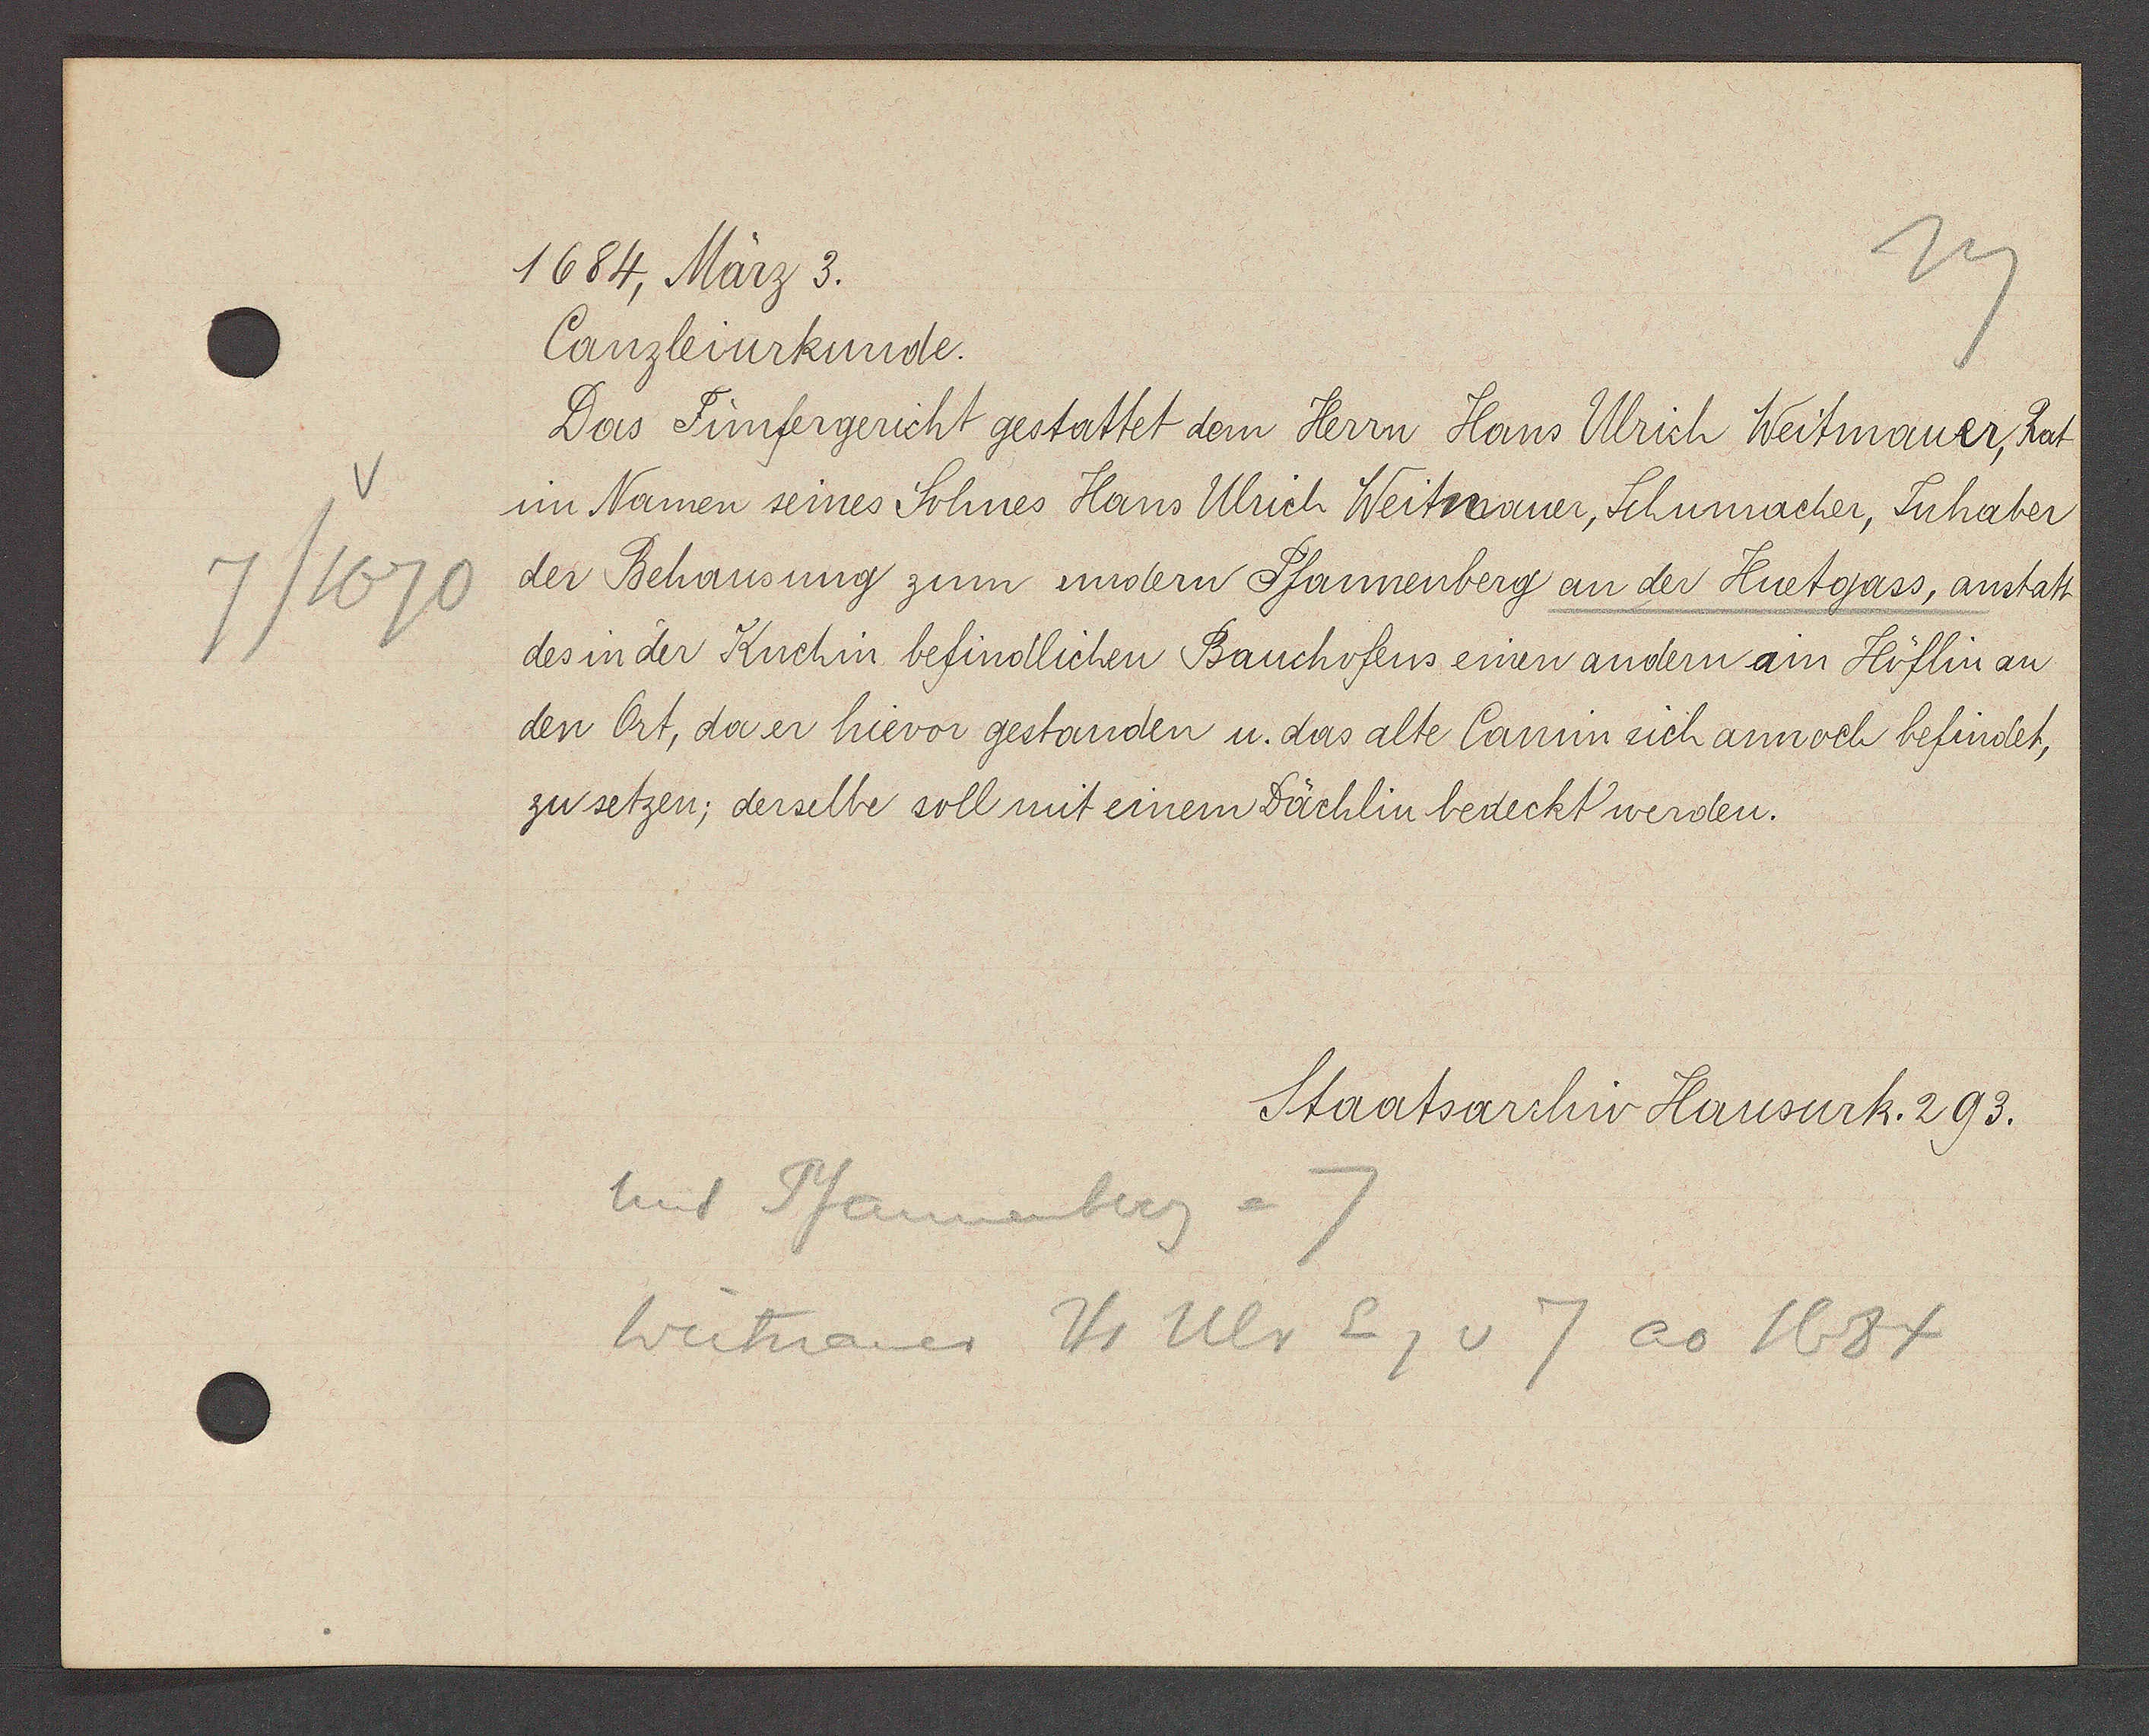
Transcript:
7/1670

1684, März 3.

Canzleiurkunde.
Das Fünfergericht gestattet dem Herrn Hans Ulrich Weitmauer, hat
im Namen seines Sohnes Hans Ulrich Weitmauer, Schumacher, Inhaber
der Behausung zum undern Pfannenberg an der Huetgass, anstatt
des in der Kuchin befindlichen Bauchofens einen andern am Höflin an
den Ort, der er hievor gestanden u. das alte Camin sich annoch befindet,
zu setzen; derselbe soll mit einem Dächlin bedeckt werden.

Staatsarchiv Hausurk. 293.

unt Pfannenberg = 7
Weitnauer Hs Ulr Eig v 7 ao 1684